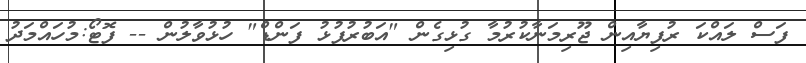
ފަސް ލައްކަ ރުފިޔާއިން ޖޫރިމަނާކުރުމާ ގުޅިގެން "އަބުރުފުޅު ފަންޑް" ހުޅުވާލުން -- ފޮޓޯ:މުހައްމަދު